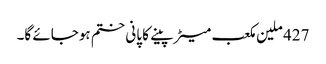
427 ملین مکعب میٹر پینے کا پانی ختم ہوجائے گا۔